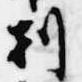
刻